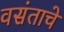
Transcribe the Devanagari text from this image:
वसंताचे